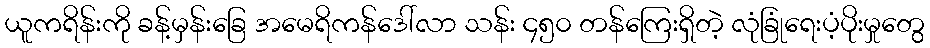
ယူကရိန်းကို ခန့်မှန်းခြေ အမေရိကန်ဒေါ်လာ သန်း ၄၅၀ တန်ကြေးရှိတဲ့ လုံခြုံရေးပံ့ပိုးမှုတွေ